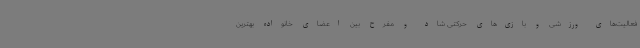
فعالیت‌های ورزشی و بازی‌های حرکتی شاد و مفرح بین اعضای خانواده بهترین